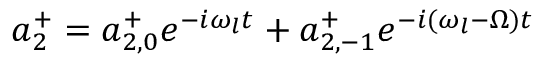
a _ { 2 } ^ { + } = a _ { 2 , 0 } ^ { + } e ^ { - i \omega _ { l } t } + a _ { 2 , - 1 } ^ { + } e ^ { - i ( \omega _ { l } - \Omega ) t }